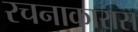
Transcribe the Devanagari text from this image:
रचनाकारास